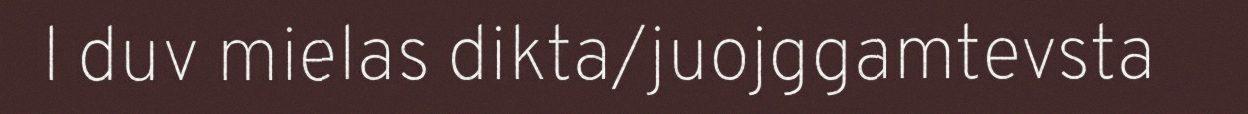
l duv mielas dikta/juojggamtevsta